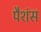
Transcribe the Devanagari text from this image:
पैशंस